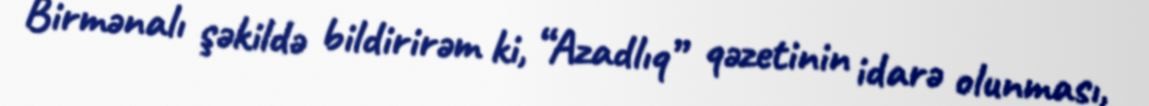
Birmənalı şəkildə bildirirəm ki, “Azadlıq” qəzetinin idarə olunması,